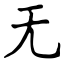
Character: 无